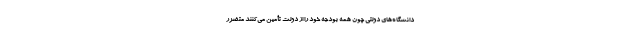
دانشگاه‌های دولتی چون همه بودجه خود را از دولت تأمین می‌کنند متضرر